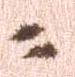
に